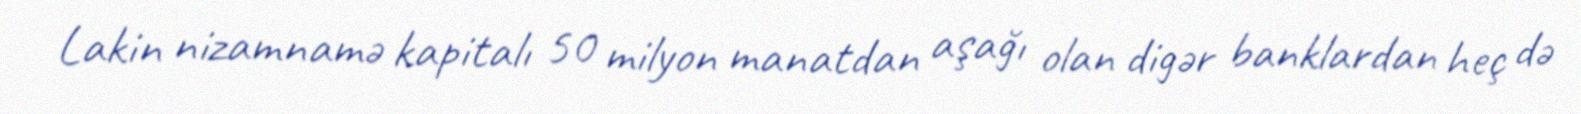
Lakin nizamnamə kapitalı 50 milyon manatdan aşağı olan digər banklardan heç də